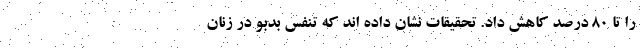
را تا ۸۰ درصد کاهش داد. تحقیقات نشان داده اند که تنفس بدبو در زنان